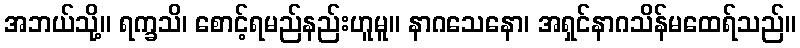
အဘယ်သို့။ ရက္ခသိ၊ စောင့်ရမည်နည်းဟူမူ။ နာဂသေနော၊ အရှင်နာဂသိန်မထေရ်သည်။